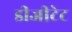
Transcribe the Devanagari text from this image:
डीजीटेट